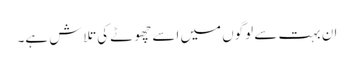
ان بہت سے لوگوں میں اسے چھوٹے کی تلاش ہے۔